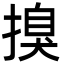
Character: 搝